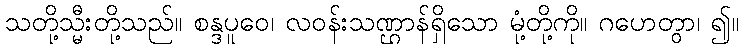
သတို့သ္မီးတို့သည်။ စန္ဒပူဝေ၊ လဝန်းသဏ္ဌာန်ရှိသော မုံ့တို့ကို။ ဂဟေတွာ၊ ၍။